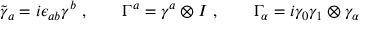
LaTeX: \tilde { \gamma } _ { a } = i \epsilon _ { a b } \gamma ^ { b } \ , \qquad \Gamma ^ { a } = \gamma ^ { a } \otimes I \ , \qquad \Gamma _ { \alpha } = i \gamma _ { 0 } \gamma _ { 1 } \otimes \gamma _ { \alpha } \,